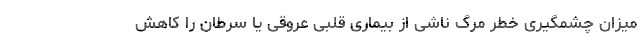
میزان چشمگیری خطر مرگ ناشی از بیماری قلبی عروقی یا سرطان را کاهش